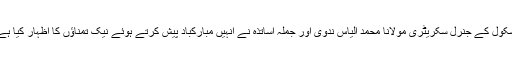
اسکول کے جنرل سکریٹری مولانا محمد الیاس ندوی اور جملہ اساتذہ نے انہیں مبارکباد پیش کرتے ہوئے نیک تمناؤں کا اظہار کیا ہے۔